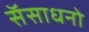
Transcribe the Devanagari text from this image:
सॅसाधनो